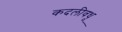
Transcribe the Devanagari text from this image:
कदलीवधू